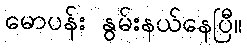
မောပန်း နွမ်းနယ်နေပြီ။